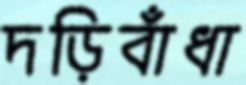
দড়িবাঁধা